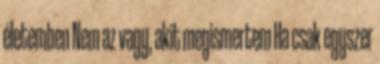
életemben Nem az vagy, akit megismertem Ha csak egyszer